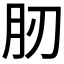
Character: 肕